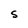
Character: S